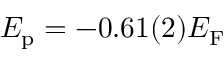
E _ { \mathrm { p } } = - 0 . 6 1 ( 2 ) E _ { \mathrm { F } }